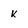
Character: k